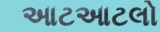
આટઆટલો